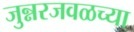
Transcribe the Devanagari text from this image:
जुन्नरजवळच्या